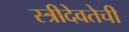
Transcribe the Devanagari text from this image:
स्त्रीदेवतेची